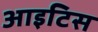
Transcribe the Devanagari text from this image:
आइटिस